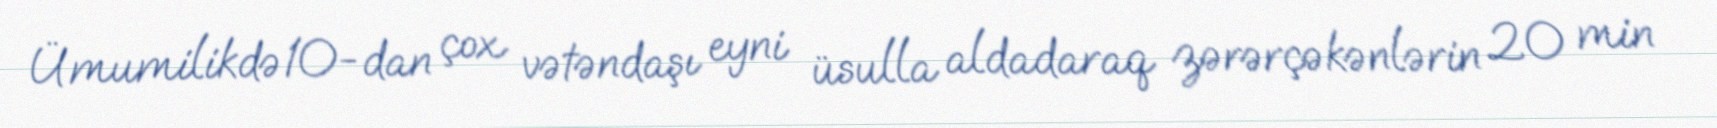
Ümumilikdə 10-dan çox vətəndaşı eyni üsulla aldadaraq zərərçəkənlərin 20 min